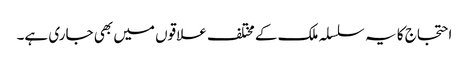
احتجاج کا یہ سلسلہ ملک کے مختلف علاقوں میں بھی جاری ہے۔